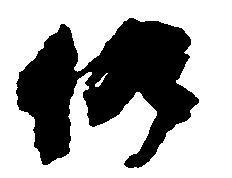
仍